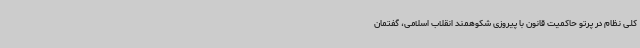
کلی نظام در پرتو حاکمیت قانون با پیروزی شکوهمند انقلاب اسلامی، گفتمان